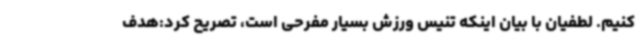
کنیم. لطفیان با بیان اینکه تنیس ورزش بسیار مفرحی است، تصریح کرد:هدف